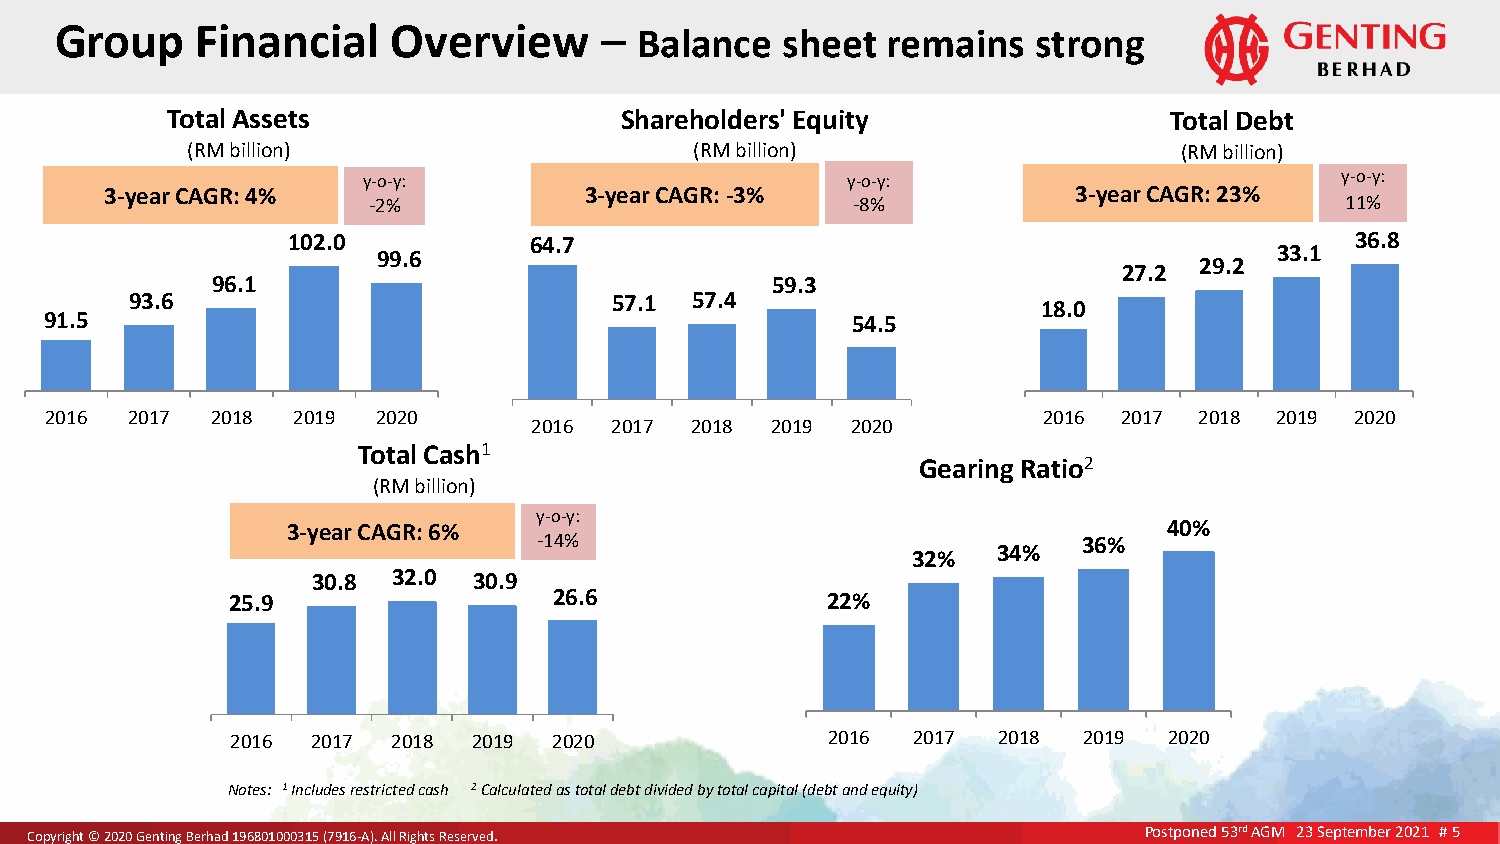
G r oup  Financ   ial Overview      – Balance   sheet  remains   strong
 Total Assets                  Shareholders' Equity                Total Debt
 (RM billion)                      (RM billion)                    (RM billion)
 y-o-y:                          y-o-y:                           y-o-y:
 3-year CAGR: 4%                 3-year CAGR: -3%                3-year CAGR: 23%
 -2%                             -8%                              11%
 102.0           64.7                                                   36.8
 99.6                                                        33.1
 29.2
 27.2
 96.1                                 59.3
 93.6                            57.1 57.4
 18.0
 91.5                                                 54.5
 2016 2017  2018 2019  2020                                        2016 2017 2018 2019  2020
 2016 2017  2018 2019 2020
 Total Cash1
 Gearing Ratio2
 (RM billion)
 y-o-y:
 3-year CAGR: 6%                                           40%
 -14%                                36%
 32%   34%
 30.8 32.0 30.9
 25.9                  26.6              22%
 2016  2017 2018 2019  2020              2016 2017  2018  2019 2020
 Notes: 1 Includes restricted cash 2 Calculated as total debt divided by total capital (debt and equity)
 CCooppyyrriigghhtt ©© 22002200 GGeennttiinngg BBeerrhhaadd 119966880011000000331155 ((77991166--AA)).. AAllll RRiigghhttss RReesseerrvveedd.. Postponed 53rd AGM 23 September 2021 # 5